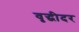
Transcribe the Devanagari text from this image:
वृद्धीदर